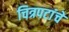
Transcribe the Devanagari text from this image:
चित्रपटांंचे